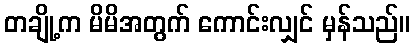
တချို့က မိမိအတွက် ကောင်းလျှင် မှန်သည်။